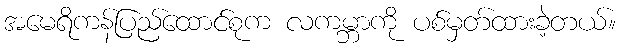
အမေရိကန်ပြည်ထောင်စုက လကမ္ဘာကို ပစ်မှတ်ထားခဲ့တယ်။